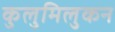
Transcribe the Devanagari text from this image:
कुलुमिलुकन